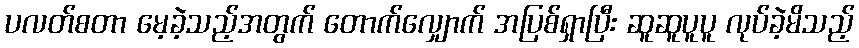
ပလတ်စတာ မေ့ခဲ့သည့်အတွက် တောက်လျှောက် အပြစ်ရှာပြီး ဆူဆူပူပူ လုပ်ခဲ့မိသည့်